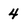
Character: 4